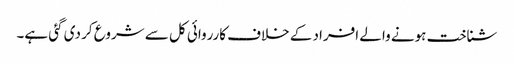
شناخت ہونے والے افراد کے خلاف کارروائی کل سے شروع کر دی گئی ہے۔